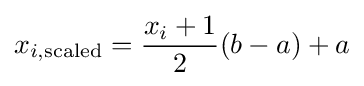
x_{i,{\text{scaled}}}={\frac {x_{i}+1}{2}}(b-a)+a